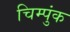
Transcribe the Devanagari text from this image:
चिम्पुंक